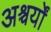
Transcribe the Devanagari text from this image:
अश्चर्यों